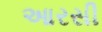
આરસી